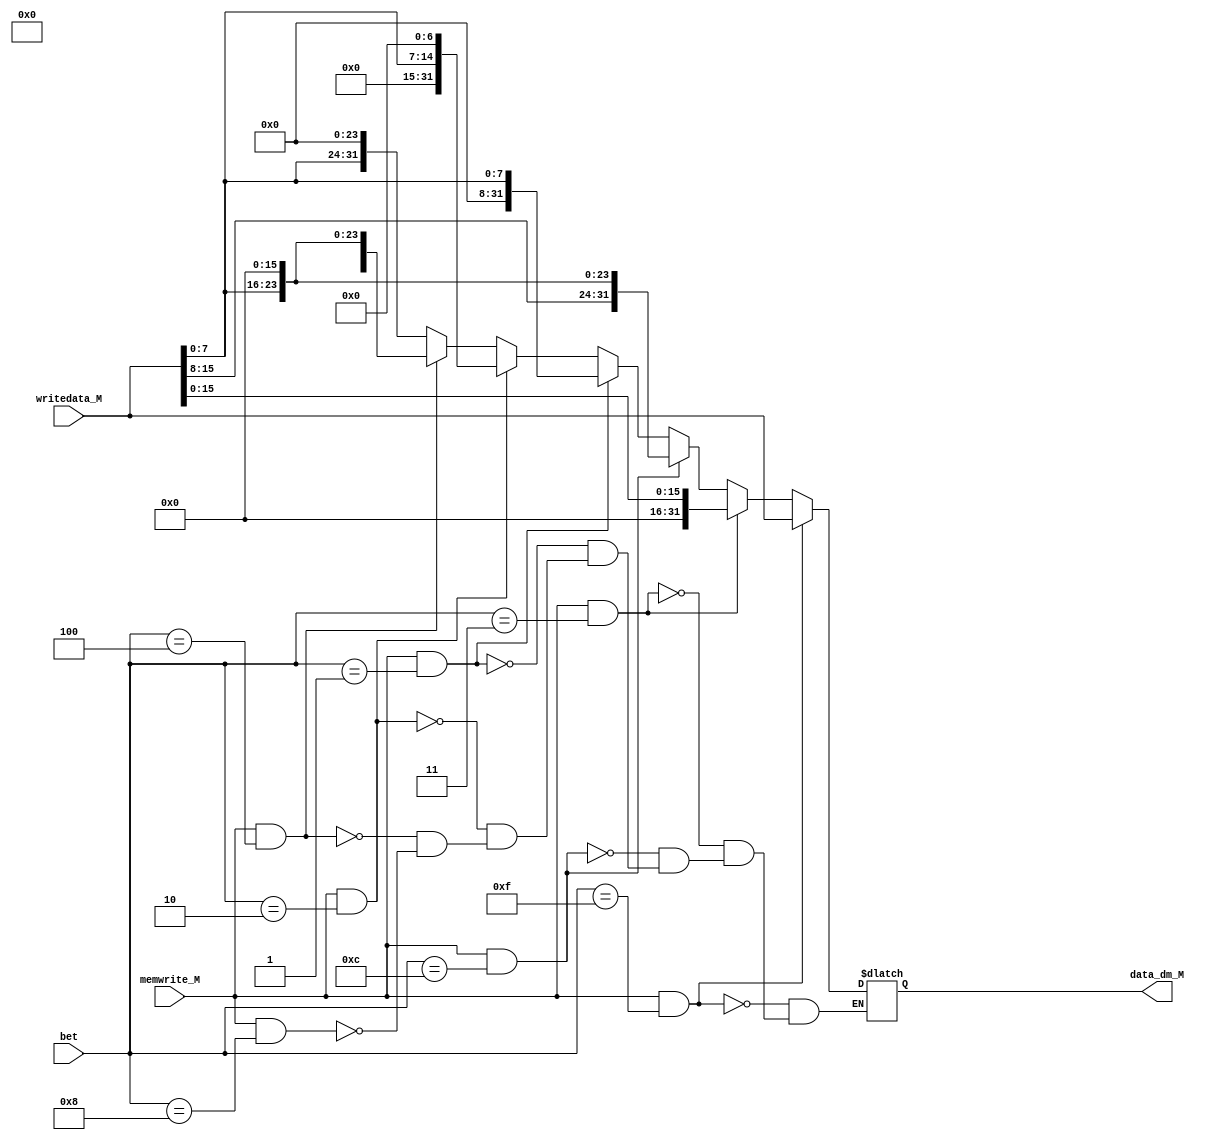
`timescale 1ns / 1ps
//////////////////////////////////////////////////////////////////////////////////
// Company: 
// Engineer: 
// 
// Design Name: 
// Module Name:    zhzh 
// Project Name: 
// Target Devices: 
// Tool versions: 
// Description: 
//
// Dependencies: 
//
// Revision: 
// Revision 0.01 - File Created
// Additional Comments: 
//
//////////////////////////////////////////////////////////////////////////////////
module zhzh(
	 input  memwrite_M,
	 input [31:0] writedata_M,
	 input [3:0] bet,
	 output reg [31:0] data_dm_M
    );
	 always @ * begin
			if(memwrite_M==1&&bet==4'b1111)begin
				
				data_dm_M <= writedata_M;
			end
			else if(memwrite_M==1&&bet==4'b0011)begin
				
				data_dm_M <= {16'b0,writedata_M[15:0]};
			end
			else if(memwrite_M==1&&bet==4'b1100)begin
				
				data_dm_M <= {writedata_M[15:0],16'b0};
			end
			else if(memwrite_M==1&&bet==4'b0001)begin
				
				data_dm_M <= {24'b0,writedata_M[7:0]};
			end
			else if(memwrite_M==1&&bet==4'b0010)begin
				
				data_dm_M <= {16'b0,writedata_M[7:0],7'b0};
			end
			else if(memwrite_M==1&&bet==4'b0100)begin
				
				data_dm_M <= {7'b0,writedata_M[7:0],16'b0};
			end
			else if(memwrite_M==1&&bet==4'b1000)begin
				
				data_dm_M <= {writedata_M[7:0],24'b0};
			end
	 end


endmodule